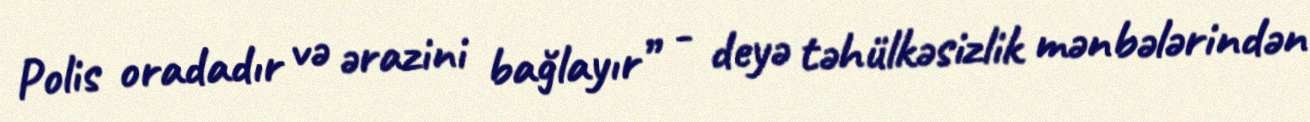
Polis oradadır və ərazini bağlayır” - deyə təhülkəsizlik mənbələrindən